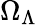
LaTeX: \Omega_{\Lambda}